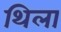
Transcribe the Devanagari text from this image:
थिला